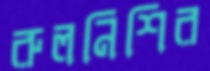
রুলনিশির